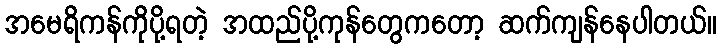
အမေရိကန်ကိုပို့ရတဲ့ အထည်ပို့ကုန်တွေကတော့ ဆက်ကျန်နေပါတယ်။